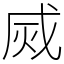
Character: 烕